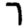
Digit: 7